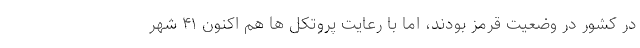
در کشور در وضعیت قرمز بودند، اما با رعایت پروتکل ها هم اکنون ۴۱ شهر